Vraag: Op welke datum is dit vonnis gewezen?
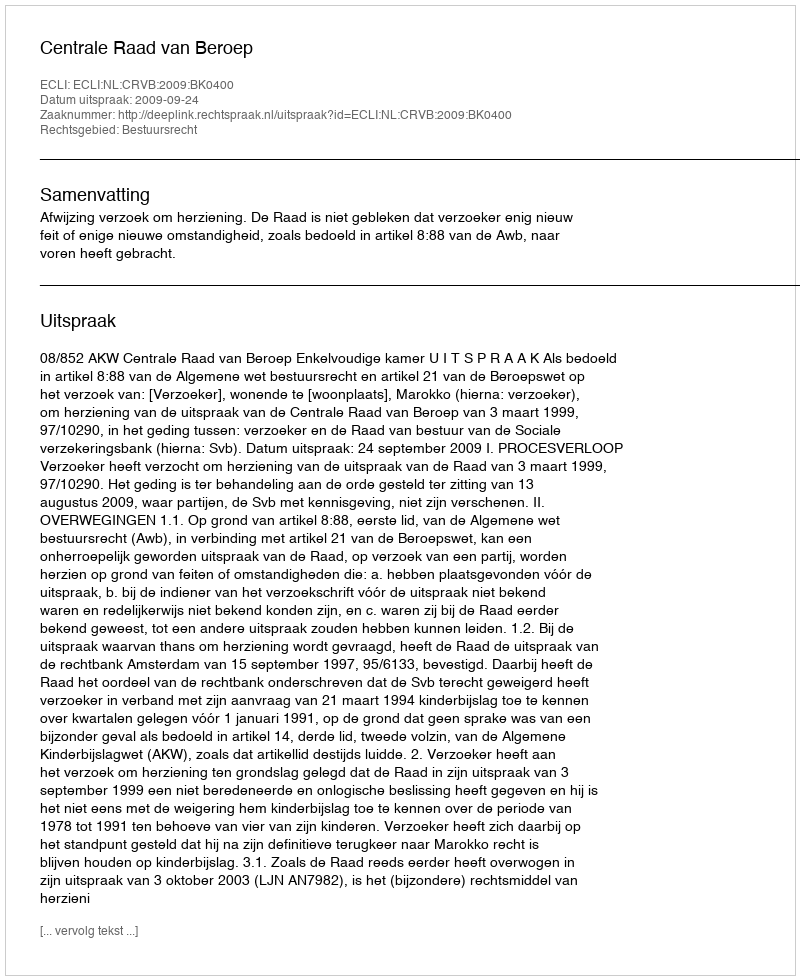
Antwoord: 2009-09-24